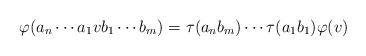
LaTeX: \begin{align*}\varphi (a_n\cdots a_1vb_1\cdots b_m)=\tau(a_nb_m)\cdots \tau(a_1b_1)\varphi(v)\end{align*}